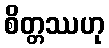
စိတ္တဿဟု